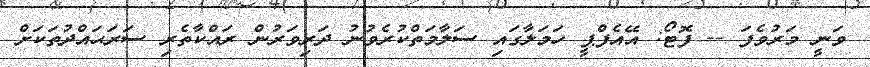
ވަނީ މަރުވެފަ -- ފޮޓޯ: އޭއެފްޕީ ހަމަލާގައި ސަލާމަތްކުރެވުނު ދަރިވަރުން ރައްކާތެރި ސަރަޙައްދުތަކަށް